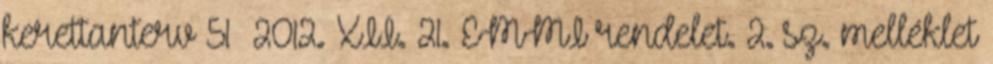
kerettanterv 51 2012. XII. 21. EMMI rendelet. 2. sz. melléklet